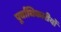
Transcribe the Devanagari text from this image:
पूर्वाधिकारीयों